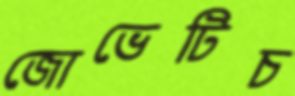
জোভেটিচ